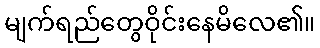
မျက်ရည်တွေဝိုင်းနေမိလေ၏။